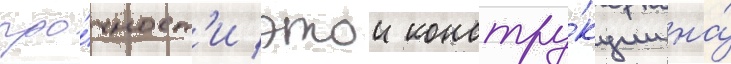
про́чност'и этои констру́кции на́